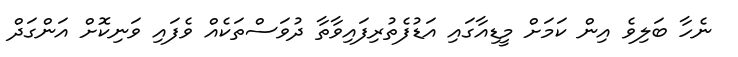
ނެހާ ބަލިވެ އިން ކަމަށް މީޑިއާގައި އަޑުފެތުރިފައިވާތާ ދުވަސްތަކެއް ވެފައި ވަނިކޮށް އަންގަދް